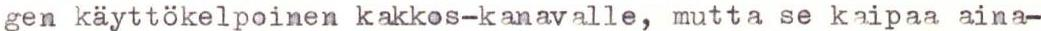
gen käyttökelpoinen kakkos-kanavalle, mutta se kaipaa aina-